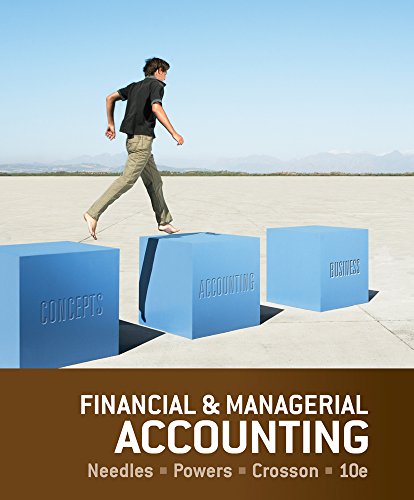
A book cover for Financial and Managerial Accounting; Belverd E. Needles; Business & Money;